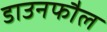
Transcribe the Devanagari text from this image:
डाउनफौल